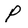
Character: P